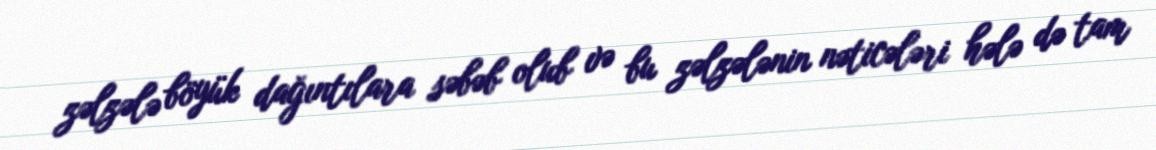
zəlzələ böyük dağıntılara səbəb olub və bu zəlzələnin nəticələri hələ də tam